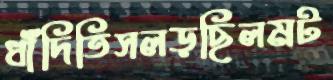
ধাঁদিতিসলড়ছিলমট